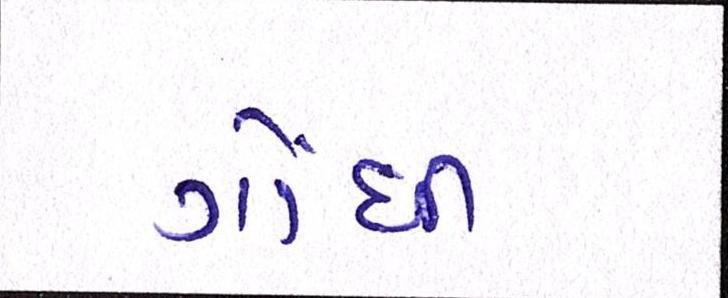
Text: ગોંધી